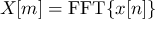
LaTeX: X [ m ] = \operatorname { F F T } \{ x [ n ] \}